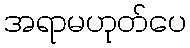
အရာမဟုတ်ပေ